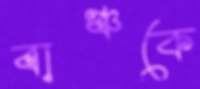
বাঞ্চকে